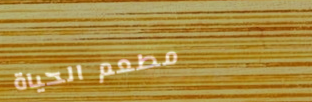
مطعم الحياة